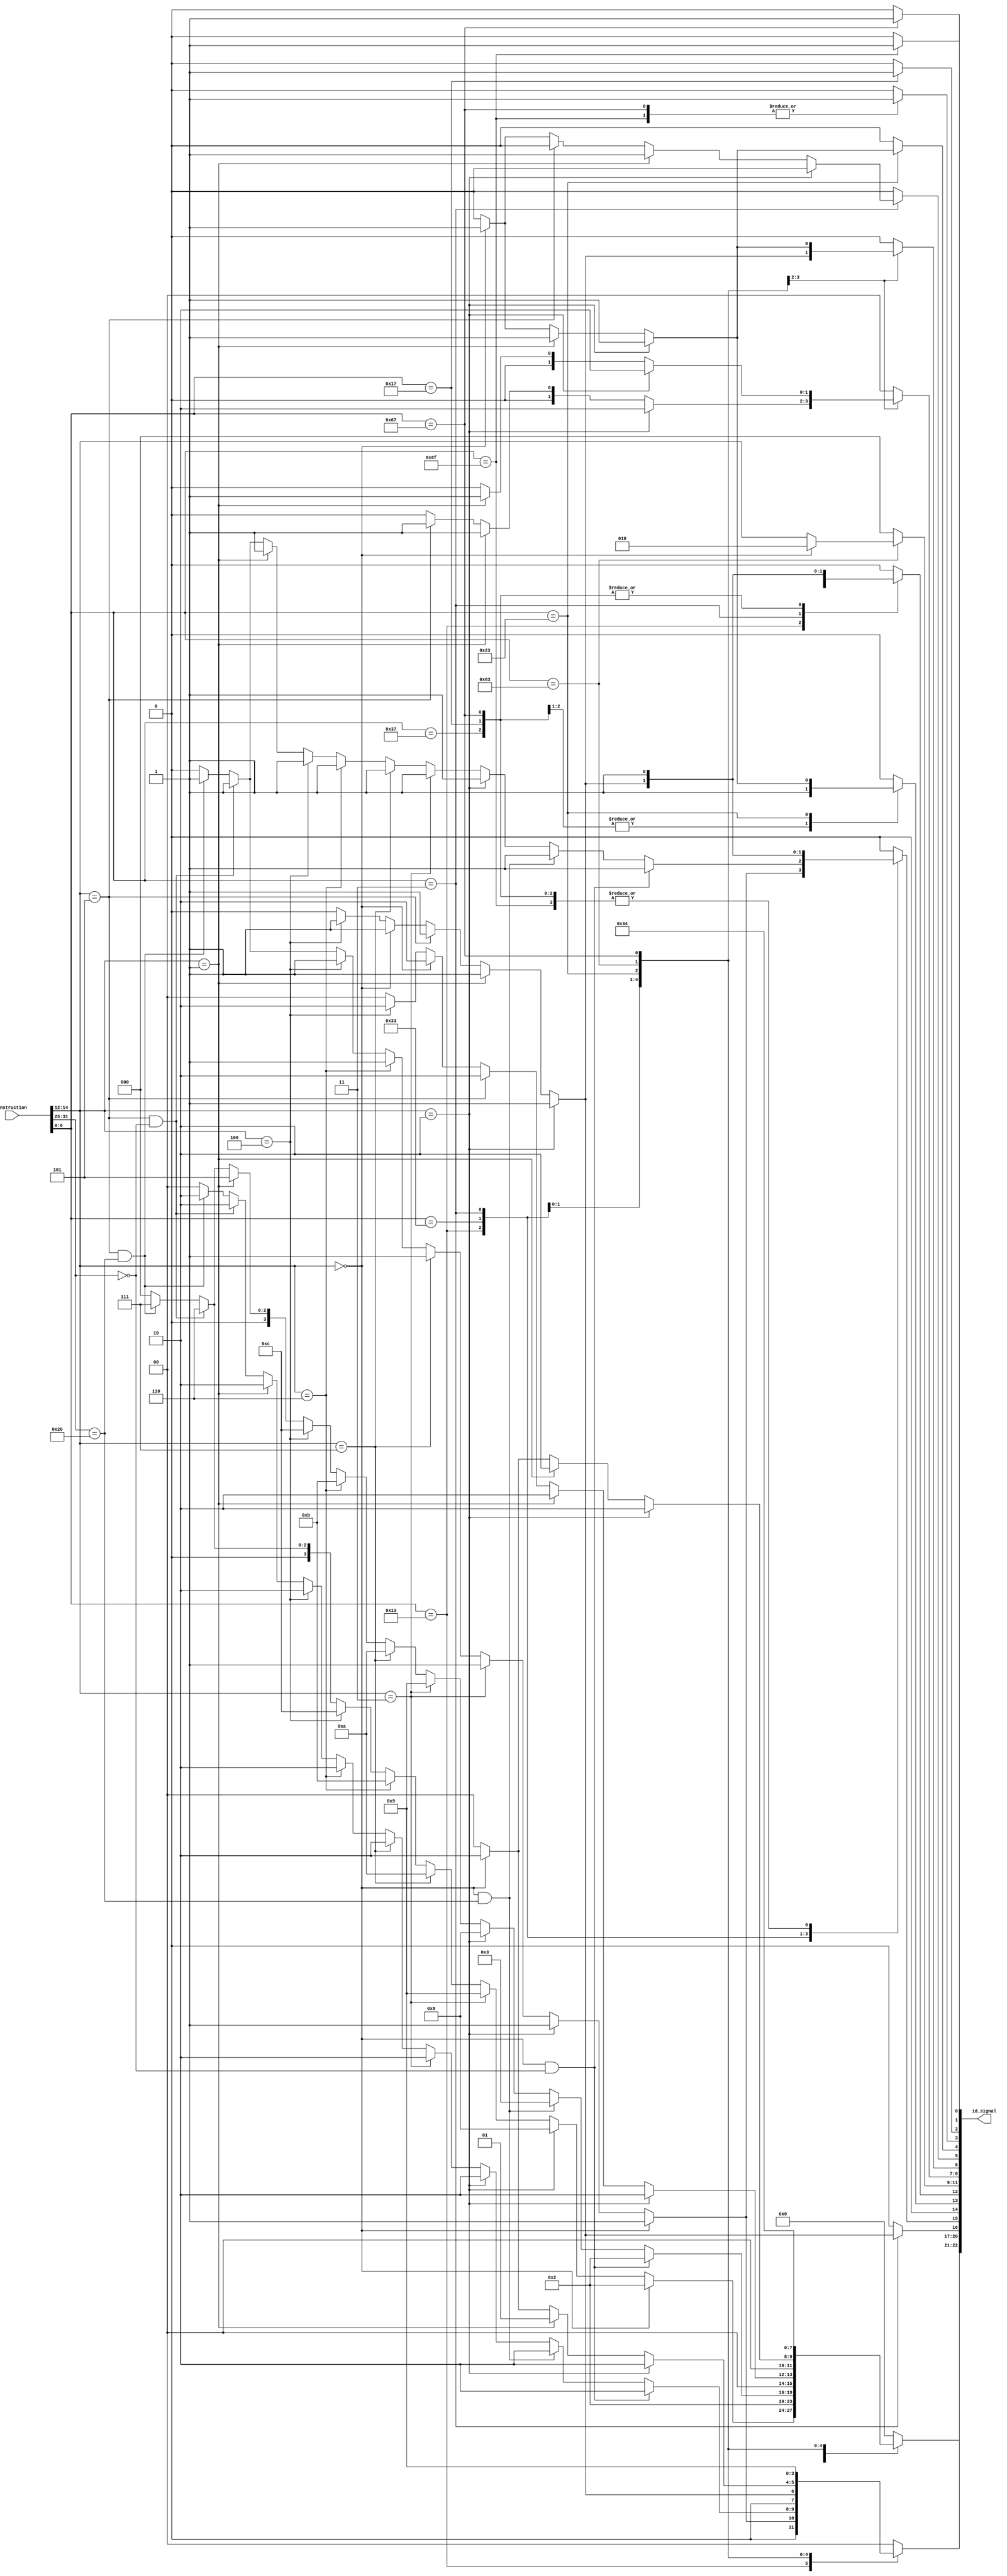
module CONTROL_UNIT (
    output reg[22:0] id_signal,
    // output reg[20:0] id_signal,
    input[31:0] instruction
);
    reg[1:0] ID_source_registers; 
    reg[3:0] ID_ALU_op;
    reg ID_load_instr;
    reg ID_RF_enable;
    reg ID_S2;
    reg ID_S1;
    reg ID_S0;
    reg[2:0] ID_branchType;
    reg[1:0] ID_Size;
    reg ID_E;
    reg ID_SE;
    reg ID_RW;
    reg ID_dataMemAddressInput;
    reg ID_AUIPC;
    reg ID_JALR;
    reg ID_JAL;


    always@(instruction) begin
        ID_source_registers = 0;
        ID_ALU_op = 0;
        ID_load_instr = 0;
        ID_RF_enable = 0;
        ID_S2 = 0;
        ID_S1 = 0;
        ID_S0 = 0;
        ID_branchType = 0;
        ID_Size = 0;
        ID_E = 0;
        ID_SE = 0;
        ID_RW = 0;
        ID_dataMemAddressInput = 0;
        ID_AUIPC = 0;
        ID_JALR = 0;
        ID_JAL = 0;

        case (instruction[6:0])
        // Integer Register-Immediate Instructions:
            7'b0010011: begin
                            //ADDI:
                            if(instruction[14:12] == 3'b000) begin
                                    ID_load_instr = 0;
                                    ID_ALU_op = 4'b0010;    //Selected ADD
                                    ID_RF_enable = 1;       //Activated
                                    ID_S2 = 0;
                                    ID_S1 = 0;
                                    ID_S0 = 1;
                                    ID_source_registers = 2'b01;
                            end
                            // SLTI (WORK!!!)
                            else if(instruction[14:12] == 3'b010) begin
                                    ID_load_instr = 0;
                                    ID_ALU_op = 4'b1000;    //Selected ADD
                                    ID_RF_enable = 1;       //Activated
                                    ID_S2 = 0;
                                    ID_S1 = 0;
                                    ID_S0 = 1;
                                    ID_source_registers = 2'b01;
                            end
                            // SLTIU (WORK!!!)
                            else if(instruction[14:12] == 3'b011) begin
                                    ID_load_instr = 0;
                                    ID_ALU_op = 4'b1001;    //Selected ADD
                                    ID_RF_enable = 1;       //Activated
                                    ID_S2 = 0;
                                    ID_S1 = 0;
                                    ID_S0 = 1;
                                    ID_source_registers = 2'b01;
                            end
                            // ANDI
                            else if(instruction[14:12] == 3'b111) begin
                                    ID_load_instr = 0;
                                    ID_ALU_op = 4'b1010;    //Selected ADD
                                    ID_RF_enable = 1;       //Activated
                                    ID_S2 = 0;
                                    ID_S1 = 0;
                                    ID_S0 = 1;
                                    ID_source_registers = 2'b01;
                            end
                            // ORI
                            else if(instruction[14:12] == 3'b110) begin
                                    ID_load_instr = 0;
                                    ID_ALU_op = 4'b1011;    //Selected ADD
                                    ID_RF_enable = 1;       //Activated
                                    ID_S2 = 0;
                                    ID_S1 = 0;
                                    ID_S0 = 1;
                                    ID_source_registers = 2'b01;
                            end
                            // XORI
                            else if(instruction[14:12] == 3'b100) begin
                                    ID_load_instr = 0;
                                    ID_ALU_op = 4'b1100;    //Selected ADD
                                    ID_RF_enable = 1;       //Activated
                                    ID_S2 = 0;
                                    ID_S1 = 0;
                                    ID_S0 = 1;
                                    ID_source_registers = 2'b01;
                            end
                            // SLLI (WORK le estoy pasando el imm12 porque shamt es parte del imm12)
                            else if(instruction[14:12] == 3'b100) begin
                                    ID_load_instr = 0;
                                    ID_ALU_op = 4'b0101;    //Selected ADD
                                    ID_RF_enable = 1;       //Activated
                                    ID_S2 = 0;
                                    ID_S1 = 0;
                                    ID_S0 = 1;
                                    ID_source_registers = 2'b01;
                            end
                            // SRLI (WORK le estoy pasando el imm12 porque shamt es parte del imm12)
                            else if(instruction[14:12] == 3'b101 && instruction[31:25] == 7'b0000000) begin
                                    ID_load_instr = 0;
                                    ID_ALU_op = 4'b0110;    //Selected ADD
                                    ID_RF_enable = 1;       //Activated
                                    ID_S2 = 0;
                                    ID_S1 = 0;
                                    ID_S0 = 1;
                                    ID_source_registers = 2'b01;
                            end
                            // SRAI (WORK le estoy pasando el imm12 porque shamt es parte del imm12)
                            else if(instruction[14:12] == 3'b101 && instruction[31:25] == 7'b0100000) begin
                                    ID_load_instr = 0;
                                    ID_ALU_op = 4'b0111;    //Selected ADD
                                    ID_RF_enable = 1;       //Activated
                                    ID_S2 = 0;
                                    ID_S1 = 0;
                                    ID_S0 = 1;
                                    ID_source_registers = 2'b01;
                            end
                        end

            
        // -------------------------------------------------------------------------------------------------------------------------------
            // LUI:
            7'b0110111: begin
                            ID_S2 = 0;
                            ID_S1 = 1;
                            ID_S0 = 1;
                            ID_ALU_op = 4'b0000;    
                            ID_RF_enable = 1;       //Activated
                            ID_source_registers = 2'b00;
                        end
        // -------------------------------------------------------------------------------------------------------------------------------
            // AUIPC:
            7'b0010111: begin
                            ID_S2 = 0;
                            ID_S1 = 1;
                            ID_S0 = 1;
                            ID_ALU_op = 4'b0010;    
                            ID_RF_enable = 1;       //Activated
                            ID_source_registers = 2'b00;
                            ID_AUIPC = 1;
                        end
        // -------------------------------------------------------------------------------------------------------------------------------
            // Arithmetic Instructions:
            7'b0110011: begin
                            // ADD:
                            if(instruction[14:12] == 3'b000 && instruction[31:25] == 7'b0000000) begin
                                ID_load_instr = 0;
                                ID_ALU_op = 4'b0010;    //Selected SUB
                                ID_RF_enable = 1;       //Activated
                                ID_S2 = 0;
                                ID_S1 = 0;
                                ID_S0 = 0;
                                ID_source_registers = 2'b10;
                            end
                            // SUB:
                            else if(instruction[14:12] == 3'b000 && instruction[31:25] == 7'b0100000) begin
                                ID_load_instr = 0;
                                ID_ALU_op = 4'b0011;    //Selected SUB
                                ID_RF_enable = 1;       //Activated
                                ID_S2 = 0;
                                ID_S1 = 0;
                                ID_S0 = 0;
                                ID_source_registers = 2'b10;
                            end
                            // SLT (WORK)
                            else if(instruction[14:12] == 3'b010) begin
                                ID_load_instr = 0;
                                ID_ALU_op = 4'b1000;    //Selected SUB
                                ID_RF_enable = 1;       //Activated
                                ID_S2 = 0;
                                ID_S1 = 0;
                                ID_S0 = 0;
                                ID_source_registers = 2'b10;
                            end
                            // SLTU (WORK)
                            else if(instruction[14:12] == 3'b011) begin
                                ID_load_instr = 0;
                                ID_ALU_op = 4'b1001;    //Selected SUB
                                ID_RF_enable = 1;       //Activated
                                ID_S2 = 0;
                                ID_S1 = 0;
                                ID_S0 = 0;
                                ID_source_registers = 2'b10;
                            end
                            // AND
                            else if(instruction[14:12] == 3'b111) begin
                                ID_load_instr = 0;
                                ID_ALU_op = 4'b1010;    //Selected SUB
                                ID_RF_enable = 1;       //Activated
                                ID_S2 = 0;
                                ID_S1 = 0;
                                ID_S0 = 0;
                                ID_source_registers = 2'b10;
                            end
                            // OR
                            else if(instruction[14:12] == 3'b110) begin
                                ID_load_instr = 0;
                                ID_ALU_op = 4'b1011;    //Selected SUB
                                ID_RF_enable = 1;       //Activated
                                ID_S2 = 0;
                                ID_S1 = 0;
                                ID_S0 = 0;
                                ID_source_registers = 2'b10;
                            end
                            // XOR
                            else if(instruction[14:12] == 3'b100) begin
                                ID_load_instr = 0;
                                ID_ALU_op = 4'b1100;    //Selected SUB
                                ID_RF_enable = 1;       //Activated
                                ID_S2 = 0;
                                ID_S1 = 0;
                                ID_S0 = 0;
                                ID_source_registers = 2'b10;
                            end
                            // SLL
                            else if(instruction[14:12] == 3'b001) begin
                                ID_load_instr = 0;
                                ID_ALU_op = 4'b0101;    //Selected SUB
                                ID_RF_enable = 1;       //Activated
                                ID_S2 = 0;
                                ID_S1 = 0;
                                ID_S0 = 0;
                                ID_source_registers = 2'b10;
                            end
                            // SRL
                            else if(instruction[14:12] == 3'b101 && instruction[31:25] == 7'b0000000) begin
                                ID_load_instr = 0;
                                ID_ALU_op = 4'b0110;    //Selected SUB
                                ID_RF_enable = 1;       //Activated
                                ID_S2 = 0;
                                ID_S1 = 0;
                                ID_S0 = 0;
                                ID_source_registers = 2'b10;
                            end
                            // SRA
                            else if(instruction[14:12] == 3'b101 && instruction[31:25] == 7'b0100000) begin
                                ID_load_instr = 0;
                                ID_ALU_op = 4'b0111;    //Selected SUB
                                ID_RF_enable = 1;       //Activated
                                ID_S2 = 0;
                                ID_S1 = 0;
                                ID_S0 = 0;
                                ID_source_registers = 2'b10;
                            end
                        end
// --------------------------------------------------------------------------------------------------------------------------
        // Load Instructions:
            7'b0000011: begin
                            // LW:
                            if(instruction[14:12] == 3'b010) begin
                                ID_load_instr = 1;          //Activated to select what is stored in ram
                                ID_RF_enable = 1;           //Activated
                                ID_Size  = 2'b10;            //Reading word
                                ID_SE = 0;         //Dectivated for unsigned
                                ID_E = 1;     //Enable RAM
                                ID_S2 = 0;
                                ID_S1 = 0;
                                ID_S0 = 1;
                                ID_ALU_op = 4'b0010;
                                ID_source_registers = 2'b01;
                            end
                            // LH:
                            else if(instruction[14:12] == 3'b001) begin
                                ID_load_instr = 1;          //Activated to select what is stored in ram
                                ID_RF_enable = 1;           //Activated
                                ID_Size  = 2'b01;            //Reading word
                                ID_SE = 1;         //Activated for signed
                                ID_E = 1;     //Enable RAM
                                ID_S2 = 0;
                                ID_S1 = 0;
                                ID_S0 = 1;
                                ID_ALU_op = 4'b0010;
                                ID_source_registers = 2'b01;
                               
                            end
                            // LHU:
                            else if(instruction[14:12] == 3'b101) begin
                                ID_load_instr = 1;          //Activated to select what is stored in ram
                                ID_RF_enable = 1;           //Activated
                                ID_Size  = 2'b01;            //Reading word
                                ID_SE = 0;         //Deactivated for unsigned
                                ID_E = 1;     //Enable RAM
                                ID_S2 = 0;
                                ID_S1 = 0;
                                ID_S0 = 1;
                                ID_ALU_op = 4'b0010;
                                ID_source_registers = 2'b01;
                            end
                            // LB:
                            else if(instruction[14:12] == 3'b000) begin
                                ID_load_instr = 1;          //Activated to select what is stored in ram
                                ID_RF_enable = 1;           //Activated
                                ID_Size  = 2'b00;            //Reading word
                                ID_SE = 1;         //Activated for signed
                                ID_E = 1;     //Enable RAM
                                ID_S2 = 0;
                                ID_S1 = 0;
                                ID_S0 = 1;
                                ID_ALU_op = 4'b0010;
                                ID_source_registers = 2'b01;
                               
                            end
                            // LBU:
                            else if(instruction[14:12] == 3'b100) begin
                                ID_load_instr = 1;          //Activated to select what is stored in ram
                                ID_RF_enable = 1;           //Activated
                                ID_Size  = 2'b00;            //Reading word
                                ID_SE = 0;         //Dectivated for unsigned
                                ID_E = 1;     //Enable RAM
                                ID_S2 = 0;
                                ID_S1 = 0;
                                ID_S0 = 1;
                                ID_ALU_op = 4'b0010;
                                ID_source_registers = 2'b01;
                            end
                        end
// ------------------------------------------------------------------------------------------------------------------------------
        // Store Instructions:
            7'b0100011: begin
                            // SW:
                            if(instruction[14:12] == 3'b010) begin
                                ID_load_instr = 0;                //Deactivated because we are writing
                                ID_Size = 2'b10;            //Reading word
                                ID_SE = 0;         
                                ID_E = 1;     //Enable RAM
                                ID_RW = 1;
                                ID_S2 = 0;
                                ID_S1 = 1;
                                ID_S0 = 0;
                                ID_ALU_op = 4'b0010;
                                ID_source_registers = 2'b10;
                            end
                            // SH:
                            else if(instruction[14:12] == 3'b001) begin
                                ID_load_instr = 0;                //Deactivated because we are writing
                                ID_Size = 2'b01;            //Reading word
                                ID_SE = 0;         
                                ID_E = 1;     //Enable RAM
                                ID_RW = 1;
                                ID_S2 = 0;
                                ID_S1 = 1;
                                ID_S0 = 0;
                                ID_ALU_op = 4'b0010;
                                ID_source_registers = 2'b01;
                            end
                            // SB:
                            else if(instruction[14:12] == 3'b000) begin
                                ID_load_instr = 0;                //Deactivated because we are writing
                                ID_Size = 2'b00;            //Reading word
                                ID_SE = 0;         
                                ID_E = 1;     //Enable RAM
                                ID_RW = 1;
                                ID_S2 = 0;
                                ID_S1 = 1;
                                ID_S0 = 0;
                                ID_ALU_op = 4'b0010;
                                ID_source_registers = 2'b10;
                            end
                        end
// -------------------------------------------------------------------------------------------------------------------------
        // Conditional Branch Instructions:
            7'b1100011: begin
                            if(instruction[14:12] == 3'b000) begin
                                ID_ALU_op = 4'b0011;
                                ID_RF_enable = 0;                   //Activated
                                ID_branchType = 3'b010;               //Branch ID for BEQ
                                ID_source_registers = 2'b10;
                            end
                            else begin
                                    ID_ALU_op = 4'b0011;
                                    ID_RF_enable = 0; 
                                    ID_branchType = instruction[14:12]; //Branch ID for BNE, BLT, BGE, BLTU, and BGEU is funct3
                                    ID_source_registers = 2'b10;
                                end
                        end
// -------------------------------------------------------------------------------------------------------------------------------
        // Uncoditional Jump Instructions
            // JAL:
            7'b1101111: begin
                            ID_load_instr = 0;
                            ID_RF_enable = 1;
                            ID_JAL = 1;
                            ID_dataMemAddressInput = 1;
                            ID_source_registers = 2'b00;
                        end
            // JALR:
            7'b1100111: begin
                            ID_ALU_op = 4'b0100;
                            ID_load_instr = 0;
                            ID_RF_enable = 1;
                            ID_JALR = 1;
                            ID_dataMemAddressInput = 1;
                            ID_source_registers = 2'b01;
                            ID_S2 = 0;
                            ID_S1 = 0;
                            ID_S0 = 1;
                        end

        endcase

        id_signal = {
                    ID_source_registers,     // Bit [22:21]
                    ID_ALU_op,                 // Bit [20:17]
                    ID_load_instr,               // Bit 16
                    ID_RF_enable,                // Bit 15              
                    ID_S2,                       // Bit 14
                    ID_S1,                       // Bit 13
                    ID_S0,                       // Bit 12
                    ID_branchType,               // Bit [11:9]
                    ID_Size,                     // Bit [8:7]
                    ID_E,                        // Bit 6
                    ID_SE,                       // Bit 5
                    ID_RW,                      // Bit 4
                    ID_dataMemAddressInput,      // Bit 3
                    ID_AUIPC,                    // Bit 2
                    ID_JALR,                     // Bit 1
                    ID_JAL };                    // Bit 0
    end
endmodule

// module registerX (
//     output reg [31:0] Qs,
//     input clk, Ld, 
//     input [31:0] Ds
// );

//     reg[31:0] PW;
//     always @  (posedge clk)  
//         if(Ld) begin
//             PW <= Ds;       
//             Qs <= Ds;
//         end

// endmodule